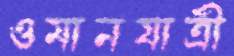
ওমানযাত্রী